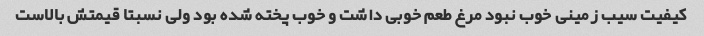
کیفیت سیب زمینی خوب نبود مرغ طعم خوبی داشت و خوب پخته شده بود ولی نسبتا قیمتش بالاست